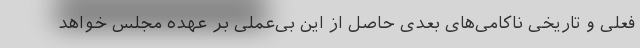
فعلی و تاریخی ناکامی‌های بعدیِ حاصل از این بی‌عملی بر عهده مجلس خواهد